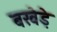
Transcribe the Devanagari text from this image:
बखेड़े